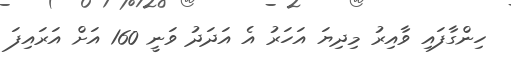
ހިންގާފައި ވާއިރު މިދިޔަ އަހަރު އެ އަދަދު ވަނީ 160 އަށް އަރައިފަ